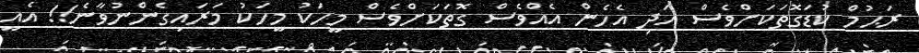
ރަޙުމް ކުޑަގޮތަކަށްވެސް އަދި އެހެން އެއްވެސް ގޮތަކަށްވެސް މީހަކު މީހަކު މަރައިގެންނުވާނެ!! އެއީ